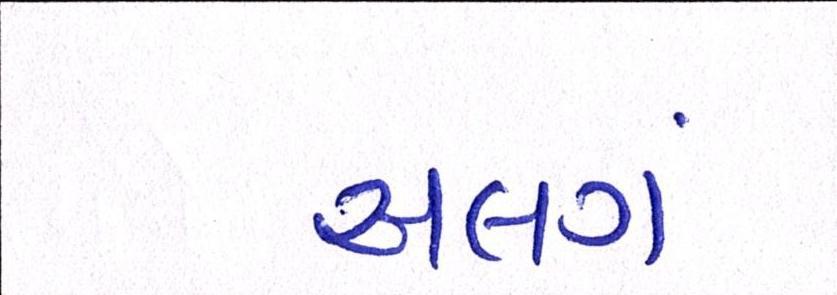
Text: અલગં